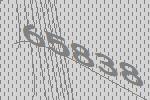
65838